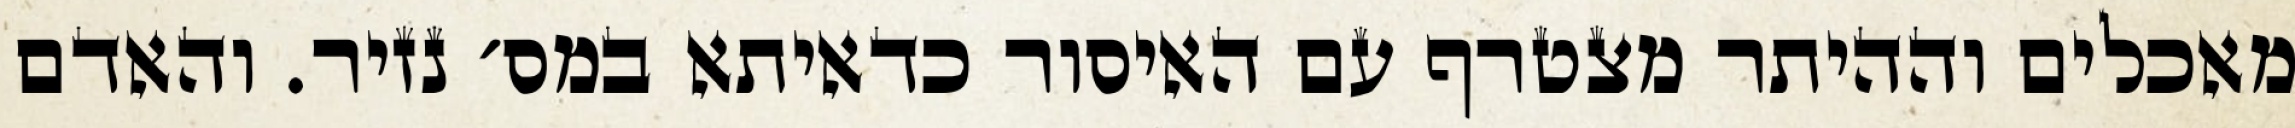
מאכלים וההיתר מצטרף עם האיסור כדאיתא במס׳ נזיר. והאדם